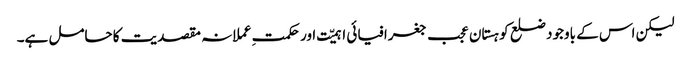
لیکن اس کے باوجود ضلع کوہستان عجب جغرافیائی اہمیّت اور حکمتِ عملانہ مقصدیت کا حامل ہے۔